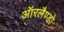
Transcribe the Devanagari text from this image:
ऑरलैण्डो